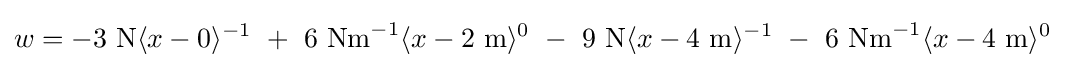
w=-3{\text{ N}}\langle x-0\rangle ^{-1}\ +\ 6{\text{ Nm}}^{-1}\langle x-2{\text{ m}}\rangle ^{0}\ -\ 9{\text{ N}}\langle x-4{\text{ m}}\rangle ^{-1}\ -\ 6{\text{ Nm}}^{-1}\langle x-4{\text{ m}}\rangle ^{0}\